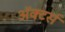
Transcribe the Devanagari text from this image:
ॲक्टर्स